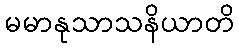
မမာနုသာသနိယာတိ